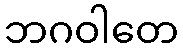
ဘဂဝါတေ